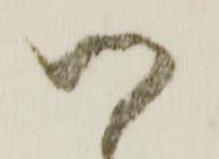
つ